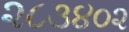
૨૮૩૪૦૨